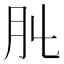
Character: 𦘳